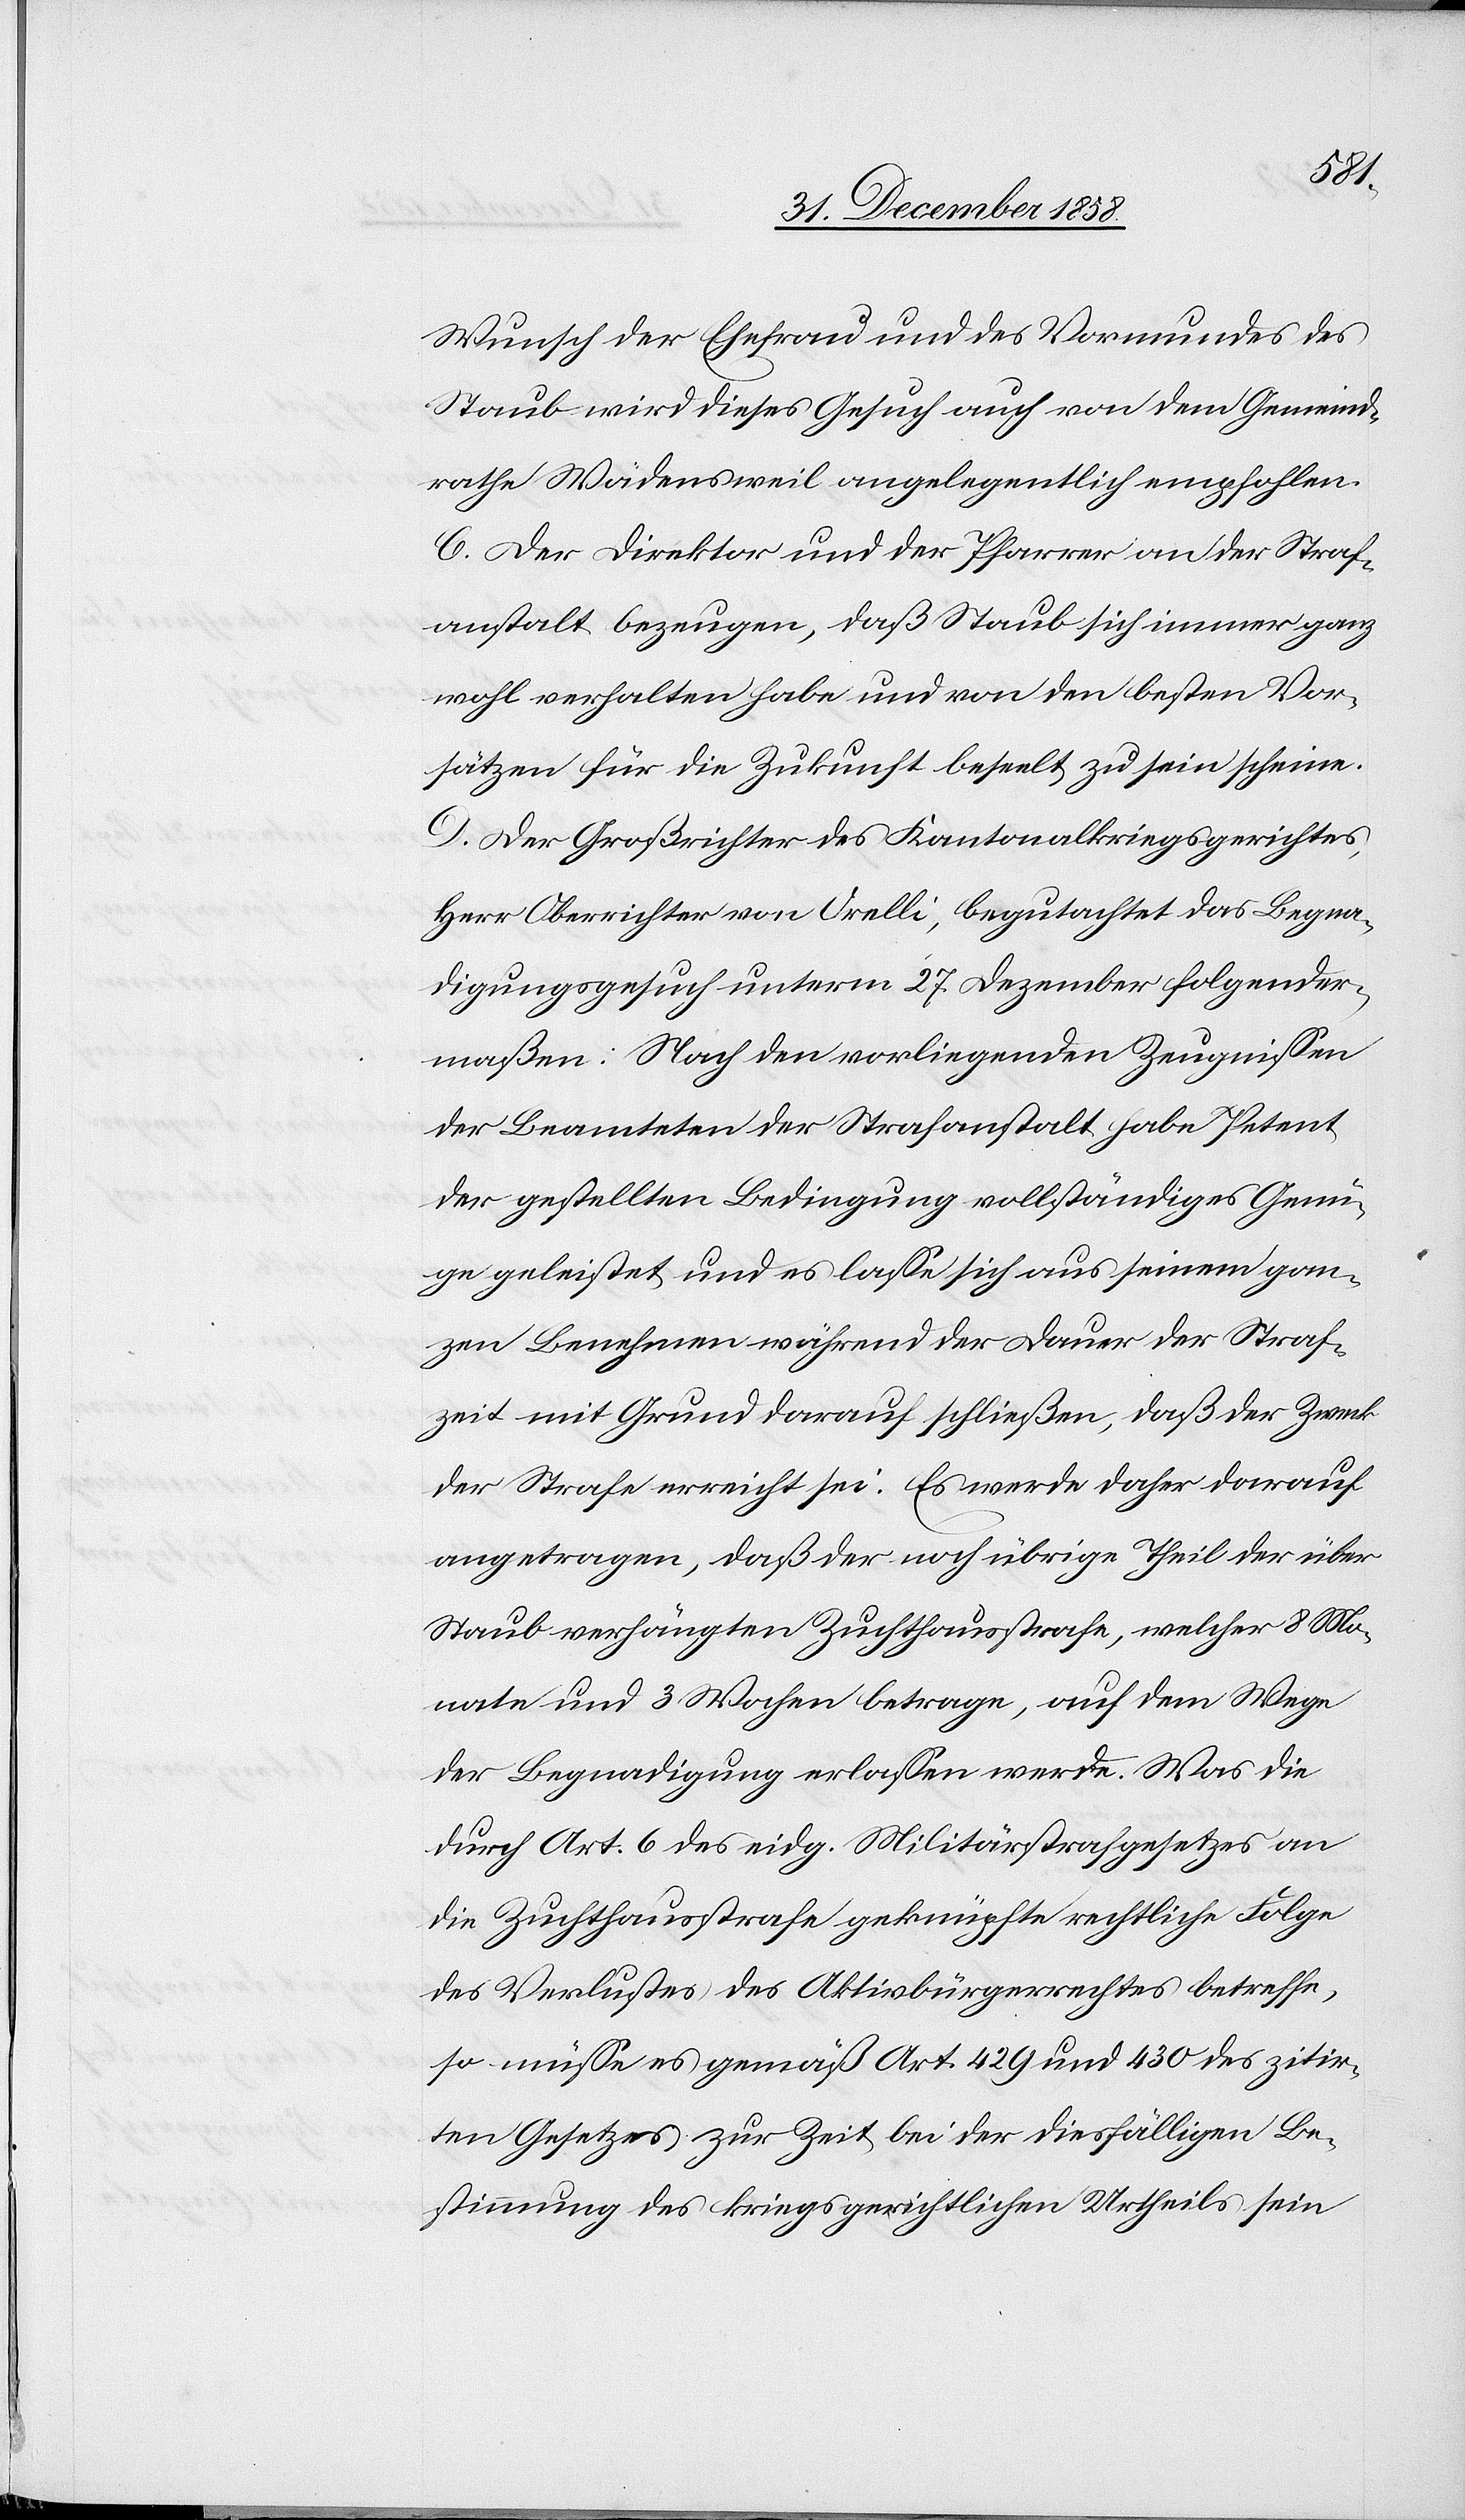
Mai,